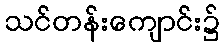
သင်တန်းကျောင်း၌